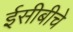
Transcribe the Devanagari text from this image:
ईसीबीचे